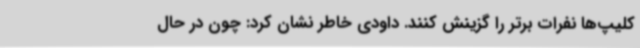
کلیپ‌ها نفرات برتر را گزینش کنند. داودی خاطر نشان کرد: چون در حال